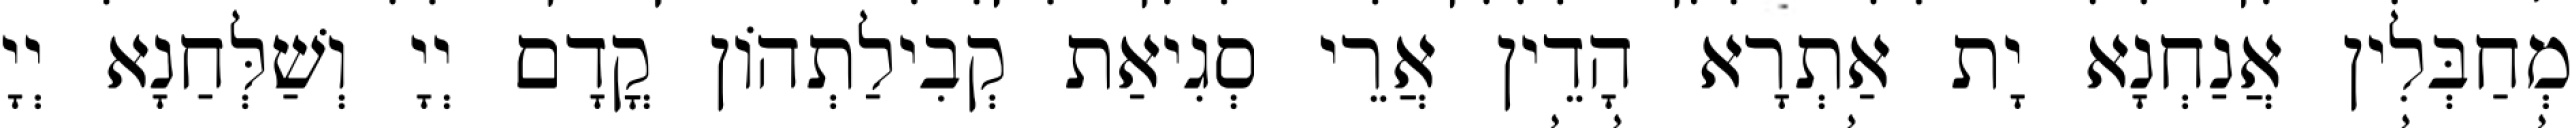
מְחַבְּלִין אֲנַחְנָא יָת אַתְרָא הָדֵין אֲרֵי סְגִיאַת קְבִילַתְהוֹן קֳדָם יְיָ וְשַׁלְּחַנָא יְיָ